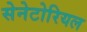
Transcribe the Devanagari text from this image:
सेनेटोरियल